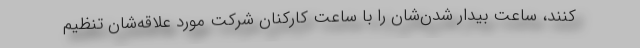
کنند، ساعت بیدار شدن‌شان را با ساعت کارکنان شرکت مورد علاقه‌شان تنظیم